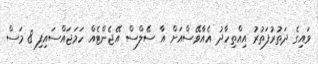
ވައިގެ ދަތުރުފަތުރު އިއްތިހާދު އެއާވޭސްއަށް އާ ސޭލްސް އޭޖެންޓެއް ހަމަޖައްސައިފި 8 މަސް